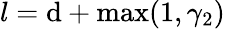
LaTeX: l=\mathrm{d}+\operatorname*{max}(1,\gamma_{2})